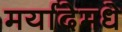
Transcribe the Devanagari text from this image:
मर्यादेमधे